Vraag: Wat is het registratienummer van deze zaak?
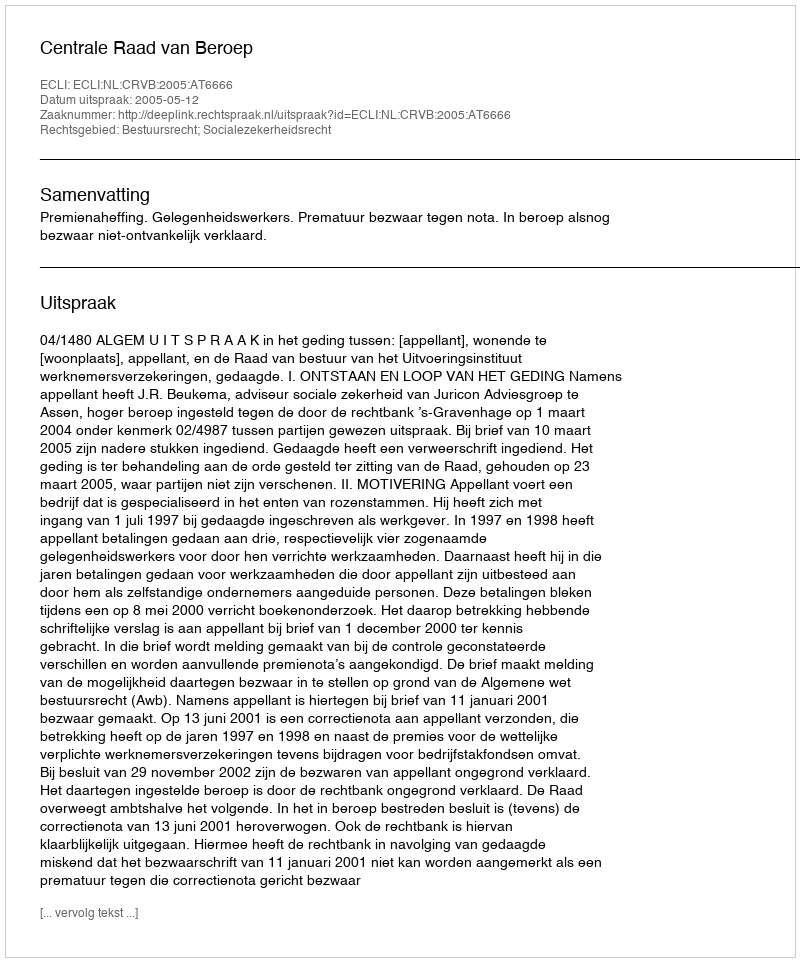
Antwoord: http://deeplink.rechtspraak.nl/uitspraak?id=ECLI:NL:CRVB:2005:AT6666